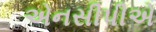
એનસીપીએ